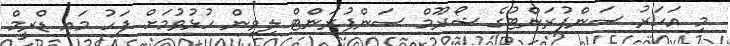
މި އަހަރު ސަންފުރަންޓުގެ ޝޯރޫމް ސަންފުރަންޓް ލިވިން ހުޅުވުމަށް ފަހު މައި ޑްރީމް